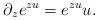
LaTeX: \begin{align*}\partial_{z}e^{zu} &= e^{zu}u. \end{align*}